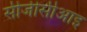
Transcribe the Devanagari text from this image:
सीजीसीआइ